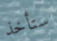
ستأخذ